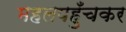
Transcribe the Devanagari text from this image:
महलपहुँचकर